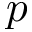
p